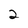
Character: 2